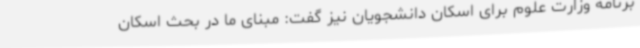
برنامه وزارت علوم برای اسکان دانشجویان نیز گفت: مبنای ما در بحث اسکان